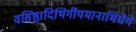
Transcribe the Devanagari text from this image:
वसिष्ठादिभिर्गीयमानाभिधेये